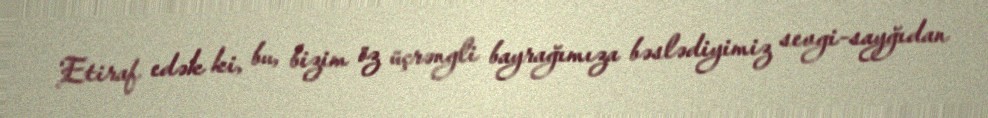
Etiraf edək ki, bu, bizim öz üçrəngli bayrağımıza bəslədiyimiz sevgi-sayğıdan